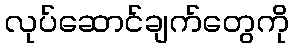
လုပ်ဆောင်ချက်တွေကို